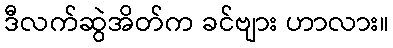
ဒီလက်ဆွဲအိတ်က ခင်ဗျား ဟာလား။